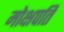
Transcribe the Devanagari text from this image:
मोक्षपति